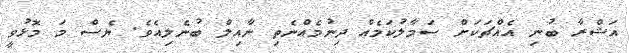
އަޝްރާ ބުނި އެއްްޗަކަށް ސަމާލުކަމެެއް ދިނުމެއްނެތި ނާއިލް ބުނެލިއެވެ. ޔެސް މަ މޮޅުވީ